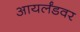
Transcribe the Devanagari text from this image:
आयर्लंडवर